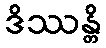
ဒိဿန္တိ